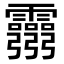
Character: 𩇃